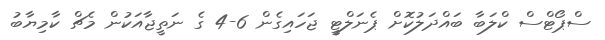
ސްޕޯޓްސް ކްލަބާ ބައްދަލުކޮށް ޕެނަލްޓީ ޖަހައިގެން 6-4 ގެ ނަތީޖާއަކުން މެޗް ކާމިޔާބު